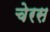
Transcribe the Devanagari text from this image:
चेरस